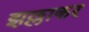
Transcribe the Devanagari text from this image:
झल्लाकर